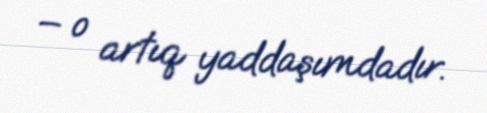
– o artıq yaddaşımdadır.